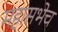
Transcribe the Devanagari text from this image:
महासभेच